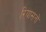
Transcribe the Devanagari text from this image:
ऱियासतों